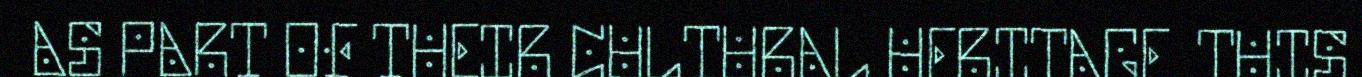
AS PART OF THEIR CULTURAL HERITAGE. THIS